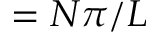
= N \pi / L